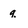
Character: q